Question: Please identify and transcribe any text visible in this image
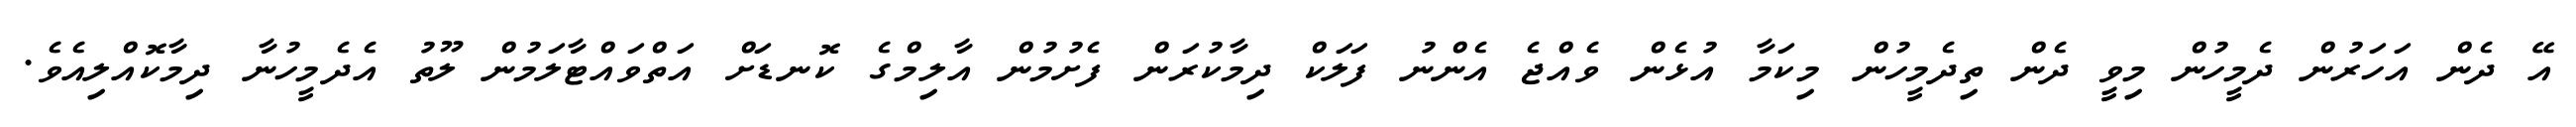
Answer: އޭ ދެން އަހަރުން ދެމީހުން މިވީ ދެން ތިދެމީހުން މިކަމާ އުޅެން ވެއްޖެ އެންނު ފަލަކް ދިމާކުރަން ފެށުމުން އާލިމްގެ ކޮނޑަށް އަތްވައްޓާލަމުން ލޫތު އެދެމީހުނާ ދިމާކޮއްލިއެވެ.